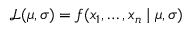
{ \mathcal { L } } ( \mu , \sigma ) = f ( x _ { 1 } , \ldots , x _ { n } \mid \mu , \sigma )